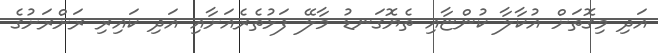
އަދި މިގޮތަށް އުކާލާ ކުންޏާއި ތެޔޮގަނޑު މާލޭ ފަޅުތެރެއަށާއި އަދި ކައިރި ރަށްރަށުގެ